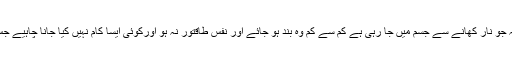
روزہ دار کو یہ سوچنا چاہیے تھا کہ روزہ نار کو بند کرنے کے لیے تھا کہ جو نار کھانے سے جسم میں جا رہی ہے کم سے کم وہ بند ہو جائے اور نفس طاقتور نہ ہو اورکوئی ایسا کام نہیں کیا جانا چاہیے جس سے کھانے سے زیادہ نار ملے جیسا کے غیبت کرنا یا فلم لگا کر دیکھنا۔